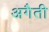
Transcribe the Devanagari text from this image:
अगैती